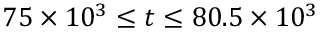
7 5 \times 1 0 ^ { 3 } \le t \le 8 0 . 5 \times 1 0 ^ { 3 }